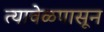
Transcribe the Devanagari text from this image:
त्यावेळपासून